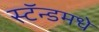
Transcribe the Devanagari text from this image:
स्टॅन्डमधे